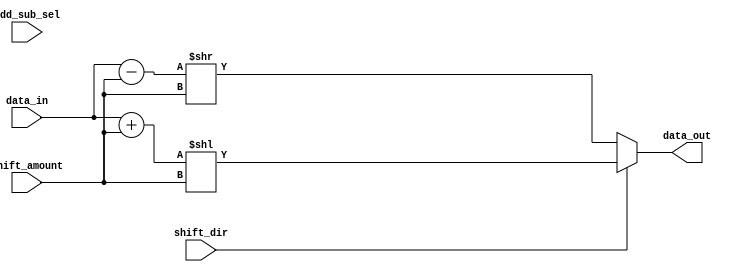
module Hybrid_Barrel_Shifter (
    input [31:0] data_in,
    input [4:0] shift_amount,
    input add_sub_sel,
    input shift_dir,
    output reg [31:0] data_out
);

reg [31:0] add_result;
reg [31:0] sub_result;

always @(*) begin
    if (add_sub_sel)
        add_result = data_in + shift_amount;
    else
        sub_result = data_in - shift_amount;
    
    if (shift_dir)
        data_out = add_result << shift_amount;
    else
        data_out = sub_result >> shift_amount;
end

endmodule